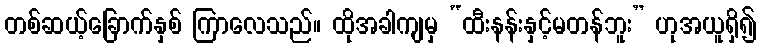
တစ်ဆယ့်ခြောက်နှစ် ကြာလေသည်။ ထိုအခါကျမှ “ထီးနန်းနှင့်မတန်ဘူး” ဟုအယူရှိ၍